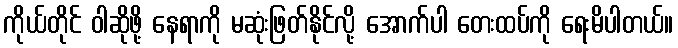
ကိုယ်တိုင် ဝါဆိုဖို့ နေရာကို မဆုံးဖြတ်နိုင်လို့ အောက်ပါ တေးထပ်ကို ရေးမိပါတယ်။